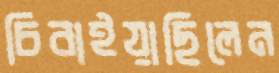
চিবাইয়াছিলেন